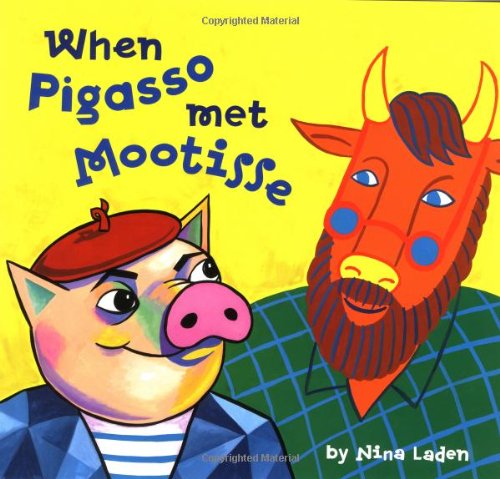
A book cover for When Pigasso Met Mootisse; Nina Laden; Children's Books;